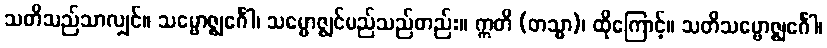
သတိသည်သာလျှင်။ သမ္ဗောဇ္ဈင်္ဂေါ၊ သမ္ဗောဇ္ဈင်မည်သည်တည်း။ ဣတိ (တသ္မာ)၊ ထိုကြောင့်။ သတိသမ္ဗောဇ္ဈင်္ဂေါ၊